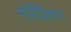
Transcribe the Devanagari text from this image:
मर्सिडितास